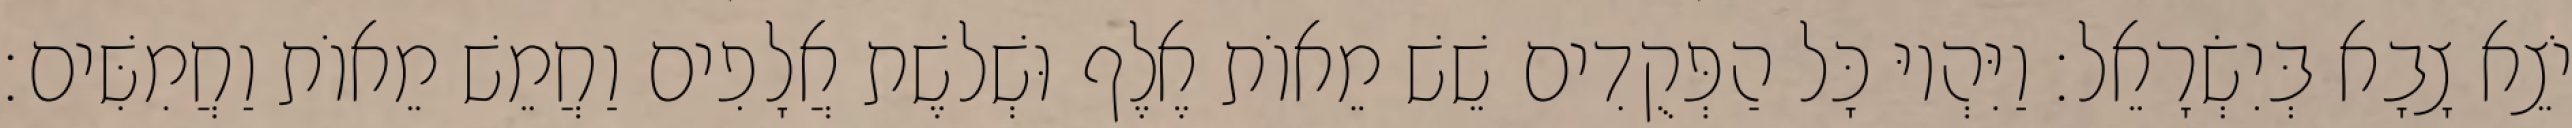
יֹצֵא צָבָא בְּיִשְׂרָאֵל׃ וַיִּהְיוּ כָּל הַפְּקֻדִים שֵׁשׁ מֵאוֹת אֶלֶף וּשְׁלשֶׁת אֲלָפִים וַחֲמֵשׁ מֵאוֹת וַחֲמִשִּׁים׃